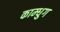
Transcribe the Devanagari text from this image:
काम्धुग